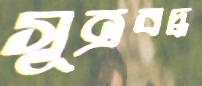
সূত্রবদ্ধ